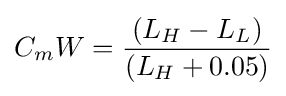
C_{m}W={\frac {(L_{H}-L_{L})}{(L_{H}+0.05)}}